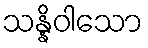
သန္နိဝါသော